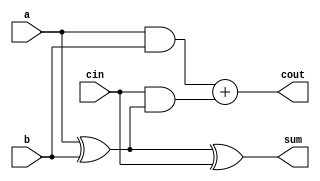
module full_adder (
    a,
    b,
    cin,
    cout,
    sum
);
  input a, b, cin;
  output reg cout, sum; //reg type because we wil use these inside an always block for behavioral modeling

  always @(*) begin //the * mark indicates, whenever there will be change in any of the inputs, this entire block will get executed
    sum  = a ^ b ^ cin;
    cout = (a & b) + (cin & (a ^ b));
  end
endmodule

`timescale 1ps / 1ps

module testbench;
  reg a, b, cin;
  wire cout, sum;

  full_adder dut (
      a,
      b,
      cin,
      cout,
      sum
  );

  initial begin
    #0{a, b, cin} = 3'b000;
    #2{a, b, cin} = 3'b001;
    #2{a, b, cin} = 3'b010;
    #2{a, b, cin} = 3'b011;
    #2{a, b, cin} = 3'b100;
    #2{a, b, cin} = 3'b101;
    #2{a, b, cin} = 3'b110;
    #2{a, b, cin} = 3'b111;

    #2 $finish;
  end

  initial
    $monitor(
        "time = %g, a = %b, b = %b, cin = %b, cout = %b, sum = %b", $time, a, b, cin, cout, sum
    );

endmodule

/*OUTPUT:
time = 0, a = 0, b = 0, cin = 0, cout = 0, sum = 0
time = 2, a = 0, b = 0, cin = 1, cout = 0, sum = 1
time = 4, a = 0, b = 1, cin = 0, cout = 0, sum = 1
time = 6, a = 0, b = 1, cin = 1, cout = 1, sum = 0
time = 8, a = 1, b = 0, cin = 0, cout = 0, sum = 1
time = 10, a = 1, b = 0, cin = 1, cout = 1, sum = 0
time = 12, a = 1, b = 1, cin = 0, cout = 1, sum = 0
time = 14, a = 1, b = 1, cin = 1, cout = 1, sum = 1 
*/